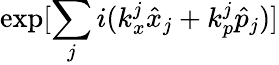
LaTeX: \exp[{\sum_{j}i(k_{x}^{j}\hat{x}_{j}+k_{p}^{j}\hat{p}_{j}})]